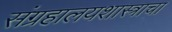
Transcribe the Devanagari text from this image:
संग्रहालयशास्त्राचा